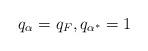
LaTeX: \begin{align*} q_{\alpha}=q_F,q_{\alpha^*}=1\end{align*}